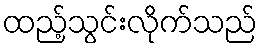
ထည့်သွင်းလိုက်သည်